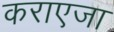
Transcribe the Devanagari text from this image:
कराएजा